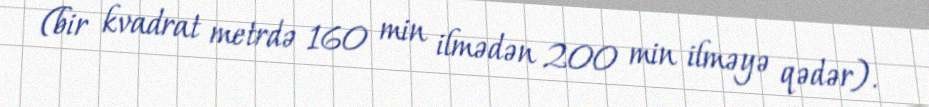
(bir kvadrat metrdə 160 min ilmədən 200 min ilməyə qədər).